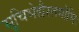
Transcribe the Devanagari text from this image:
सूचिभेद्यैस्तमोभिः